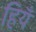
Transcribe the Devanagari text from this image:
हियँ